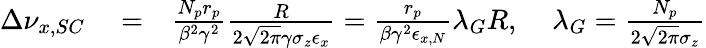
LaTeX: \begin{array}{rlr}{\Delta\nu_{x,SC}}&{{}=}&{\frac{N_{p}r_{p}}{\beta^{2}\gamma^{2}}\frac{R}{2\sqrt{2\pi}\gamma\sigma_{z}\epsilon_{x}}=\frac{r_{p}}{\beta\gamma^{2}\epsilon_{x,N}}\lambda_{G}R,\; \; \; \; \lambda_{G}=\frac{N_{p}}{2\sqrt{2\pi}\sigma_{z}}}\end{array}